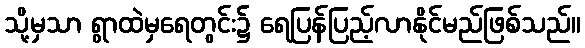
သို့မှသာ ရွာထဲမှရေတွင်း၌ ရေပြန်ပြည့်လာနိုင်မည်ဖြစ်သည်။